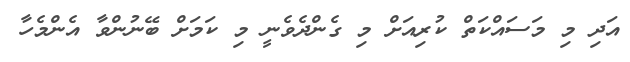
އަދި މި މަސައްކަތް ކުރިއަށް މި ގެންދެވެނީ މި ކަމަށް ބޭނުންވާ އެންމެހާ